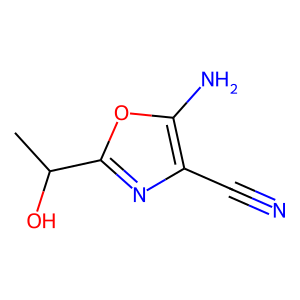
SMILES: CC(O)c1nc(C#N)c(N)o1
Inhibits HIV replication: No